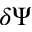
\delta \Psi